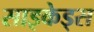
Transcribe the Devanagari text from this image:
साइकेड्स